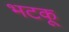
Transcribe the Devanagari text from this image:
भटकू